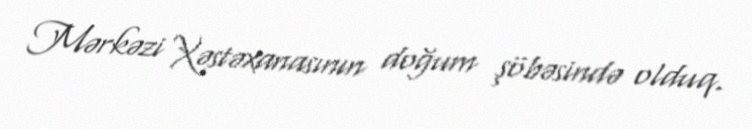
Mərkəzi Xəstəxanasının doğum şöbəsində olduq.